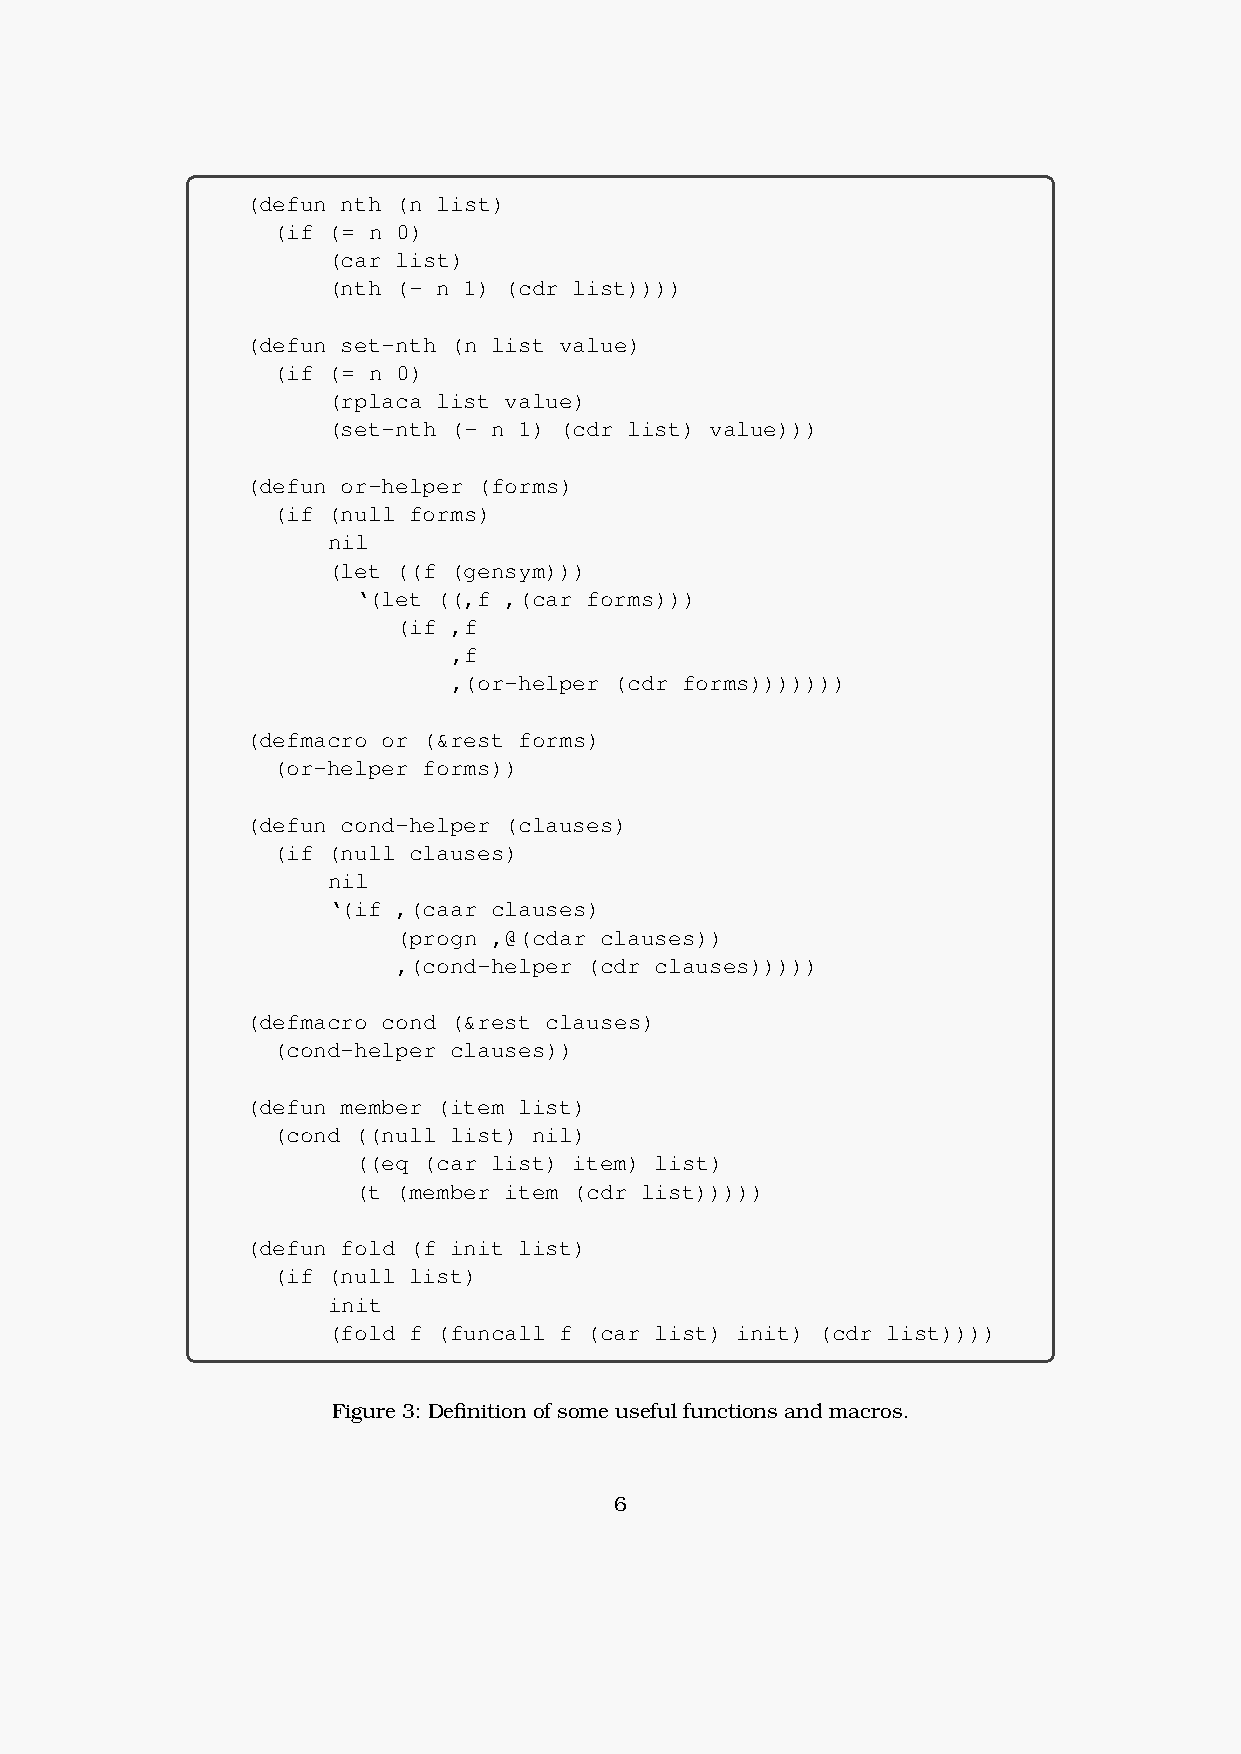
(defun nth (n list)
 (if (= n 0)
 (car list)
 (nth (- n 1) (cdr list))))
 (defun set-nth (n list value)
 (if (= n 0)
 (rplaca list value)
 (set-nth (- n 1) (cdr list) value)))
 (defun or-helper (forms)
 (if (null forms)
 nil
 (let ((f (gensym)))
 ‘(let ((,f ,(car forms)))
 (if ,f
 ,f
 ,(or-helper (cdr forms)))))))
 (defmacro or (&rest forms)
 (or-helper forms))
 (defun cond-helper (clauses)
 (if (null clauses)
 nil
 ‘(if ,(caar clauses)
 (progn ,@(cdar clauses))
 ,(cond-helper (cdr clauses)))))
 (defmacro cond (&rest clauses)
 (cond-helper clauses))
 (defun member (item list)
 (cond ((null list) nil)
 ((eq (car list) item) list)
 (t (member item (cdr list)))))
 (defun fold (f init list)
 (if (null list)
 init
 (fold f (funcall f (car list) init) (cdr list))))
 Figure 3: Definition of some useful functions and macros.
 6